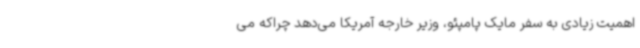
اهمیت زیادی به سفر مایک پامپئو، وزیر خارجه آمریکا می‌دهد چراکه می